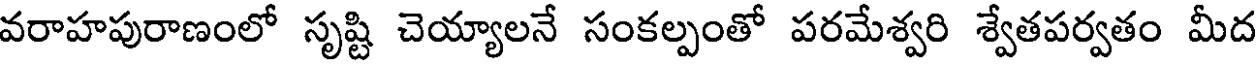
వరాహపురాణంలో సృష్టి చెయ్యాలనే సంకల్పంతో పరమేశ్వరి శ్వేతపర్వతం మీద